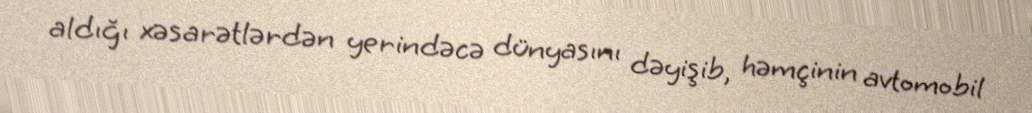
aldığı xəsarətlərdən yerindəcə dünyasını dəyişib, həmçinin avtomobil